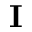
\mathbf { I }